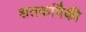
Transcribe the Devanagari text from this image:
शतकांपैकी